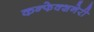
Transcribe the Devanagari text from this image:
कन्फेक्शनेरी